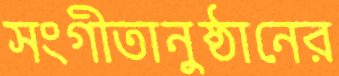
সংগীতানুষ্ঠানের